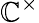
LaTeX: \mathbb{C}^{\times}